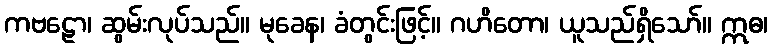
ကဗဠော၊ ဆွမ်းလုပ်သည်။ မုခေန၊ ခံတွင်းဖြင့်။ ဂဟိတော၊ ယူသည်ရှိသော်။ ဣဓ၊